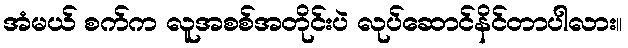
အံမယ် စက်က လူအစစ်အတိုင်းပဲ လုပ်ဆောင်နိင်တာပါလား။